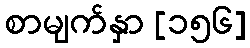
စာမျက်နှာ [၁၅၆]